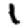
Digit: 1